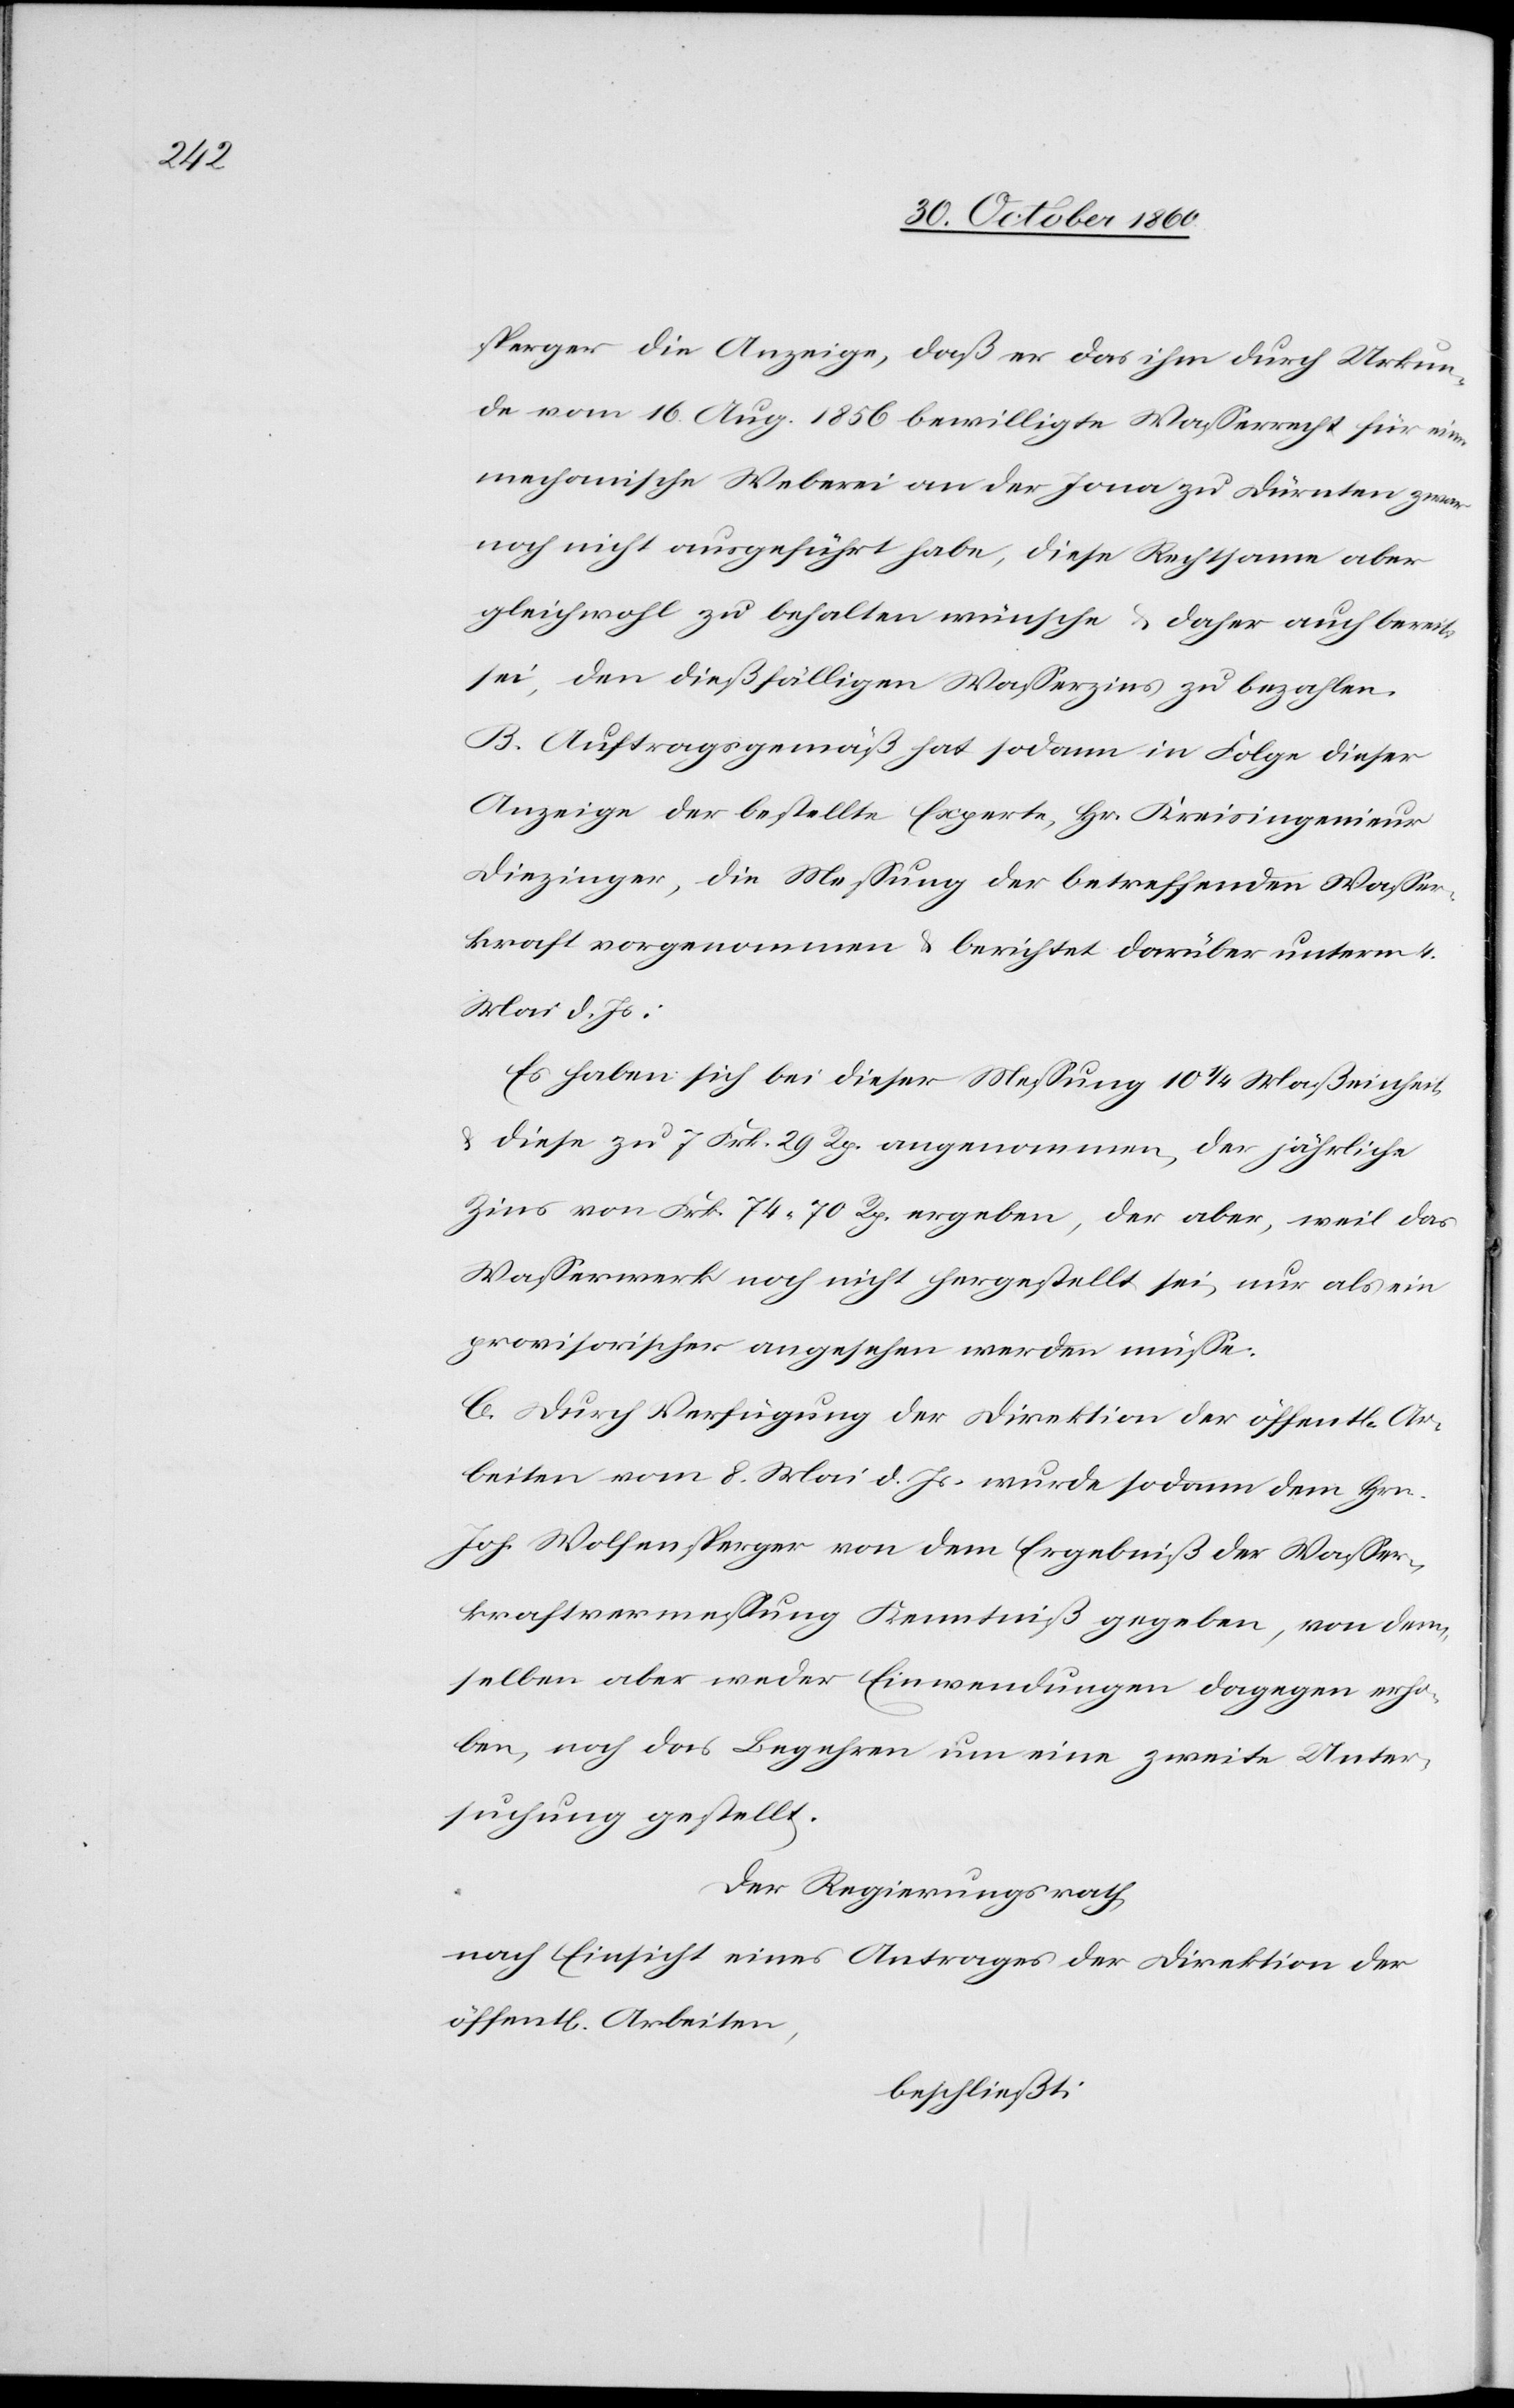
sperger die Anzeige, daß er das ihm durch Urkun¬
de vom 16. Aug. 1856 bewilligte Wasserrecht für eine
mechanische Weberei an der Jona zu Dürnten zwar
noch nicht ausgeführt habe, diese Rechtsame aber
gleichwohl zu behalten wünsche u. daher auch bereit
sei, den dießfälligen Wasserzins zu bezahlen.
B. Auftragsgemäß hat sodann in Folge dieser
Anzeige der bestellte Experte, Hr. Kreisingenieur
Diezinger, die Messung der betreffenden Wasser¬
kraft vorgenommen u. berichtet darüber unterm 4.
Mai d. Js.:
Es haben sich bei dieser Messung 10 1/4 Maßeinheiten
u. diese zu 7 Frk. 29 Rp. angenommen, der jährliche
Zins von Frk. 74 70 Rp. ergeben, der aber, weil das
Wasserwerk noch nicht hergestellt sei, nur als ein
provisorischer angesehen werden müsse.
C. Durch Verfügung der Direktion der öffentl. Ar¬
beiten vom 8. Mai d. Js. wurde sodann dem Hrn.
Joh. Wolfensperger von dem Ergebniß der Wasser¬
kraftvermessung Kenntniß gegeben, von dem¬
selben aber weder Einwendungen dagegen erho¬
ben, noch das Begehren um eine zweite Unter¬
suchung gestellt.
Der Regierungsrath,
nach Einsicht eines Antrages der Direktion der
öffentl. Arbeiten,
beschließt: